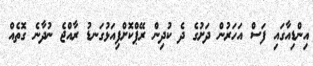
އިންޑިއާގައި ފަސް އަހަރުން ދަށުގެ ދެ ކުދިން ރޭޕްކޮށްފިއަޅުގަނޑު ރާއްޖެ ނުދާނެ ގޮތެއް